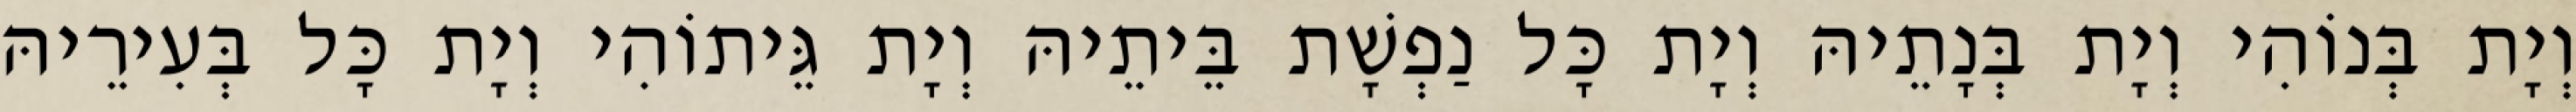
וְיָת בְּנוֹהִי וְיָת בְּנָתֵיהּ וְיָת כָּל נַפְשָׁת בֵּיתֵיהּ וְיָת גֵּיתוֹהִי וְיָת כָּל בְּעִירֵיהּ